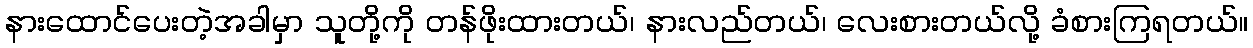
နားထောင်ပေးတဲ့အခါမှာ သူတို့ကို တန်ဖိုးထားတယ်၊ နားလည်တယ်၊ လေးစားတယ်လို့ ခံစားကြရတယ်။